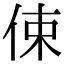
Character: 㑛